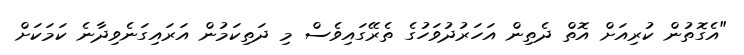
"އެގޮތުން ކުރިއަށް އޮތް ދެތިން އަހަރުދުވަހުގެ ތެރޭގައިވެސް މި ދަތިކަމުން އަރައިގަނެވިދާނެ ކަމަކަށް